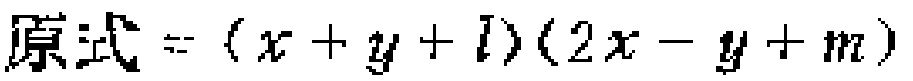
原式 = \((x + y + l)(2x - y + m)\)